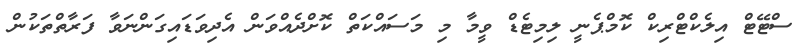
ސްޓޭޓް އިލެކްޓްރިކް ކޮމްޕެނީ ލިމިޓެޑް ވީމާ މި މަސައްކަތް ކޮށްދެއްވަން އެދިވަޑައިގަންނަވާ ފަރާތްތަކުން